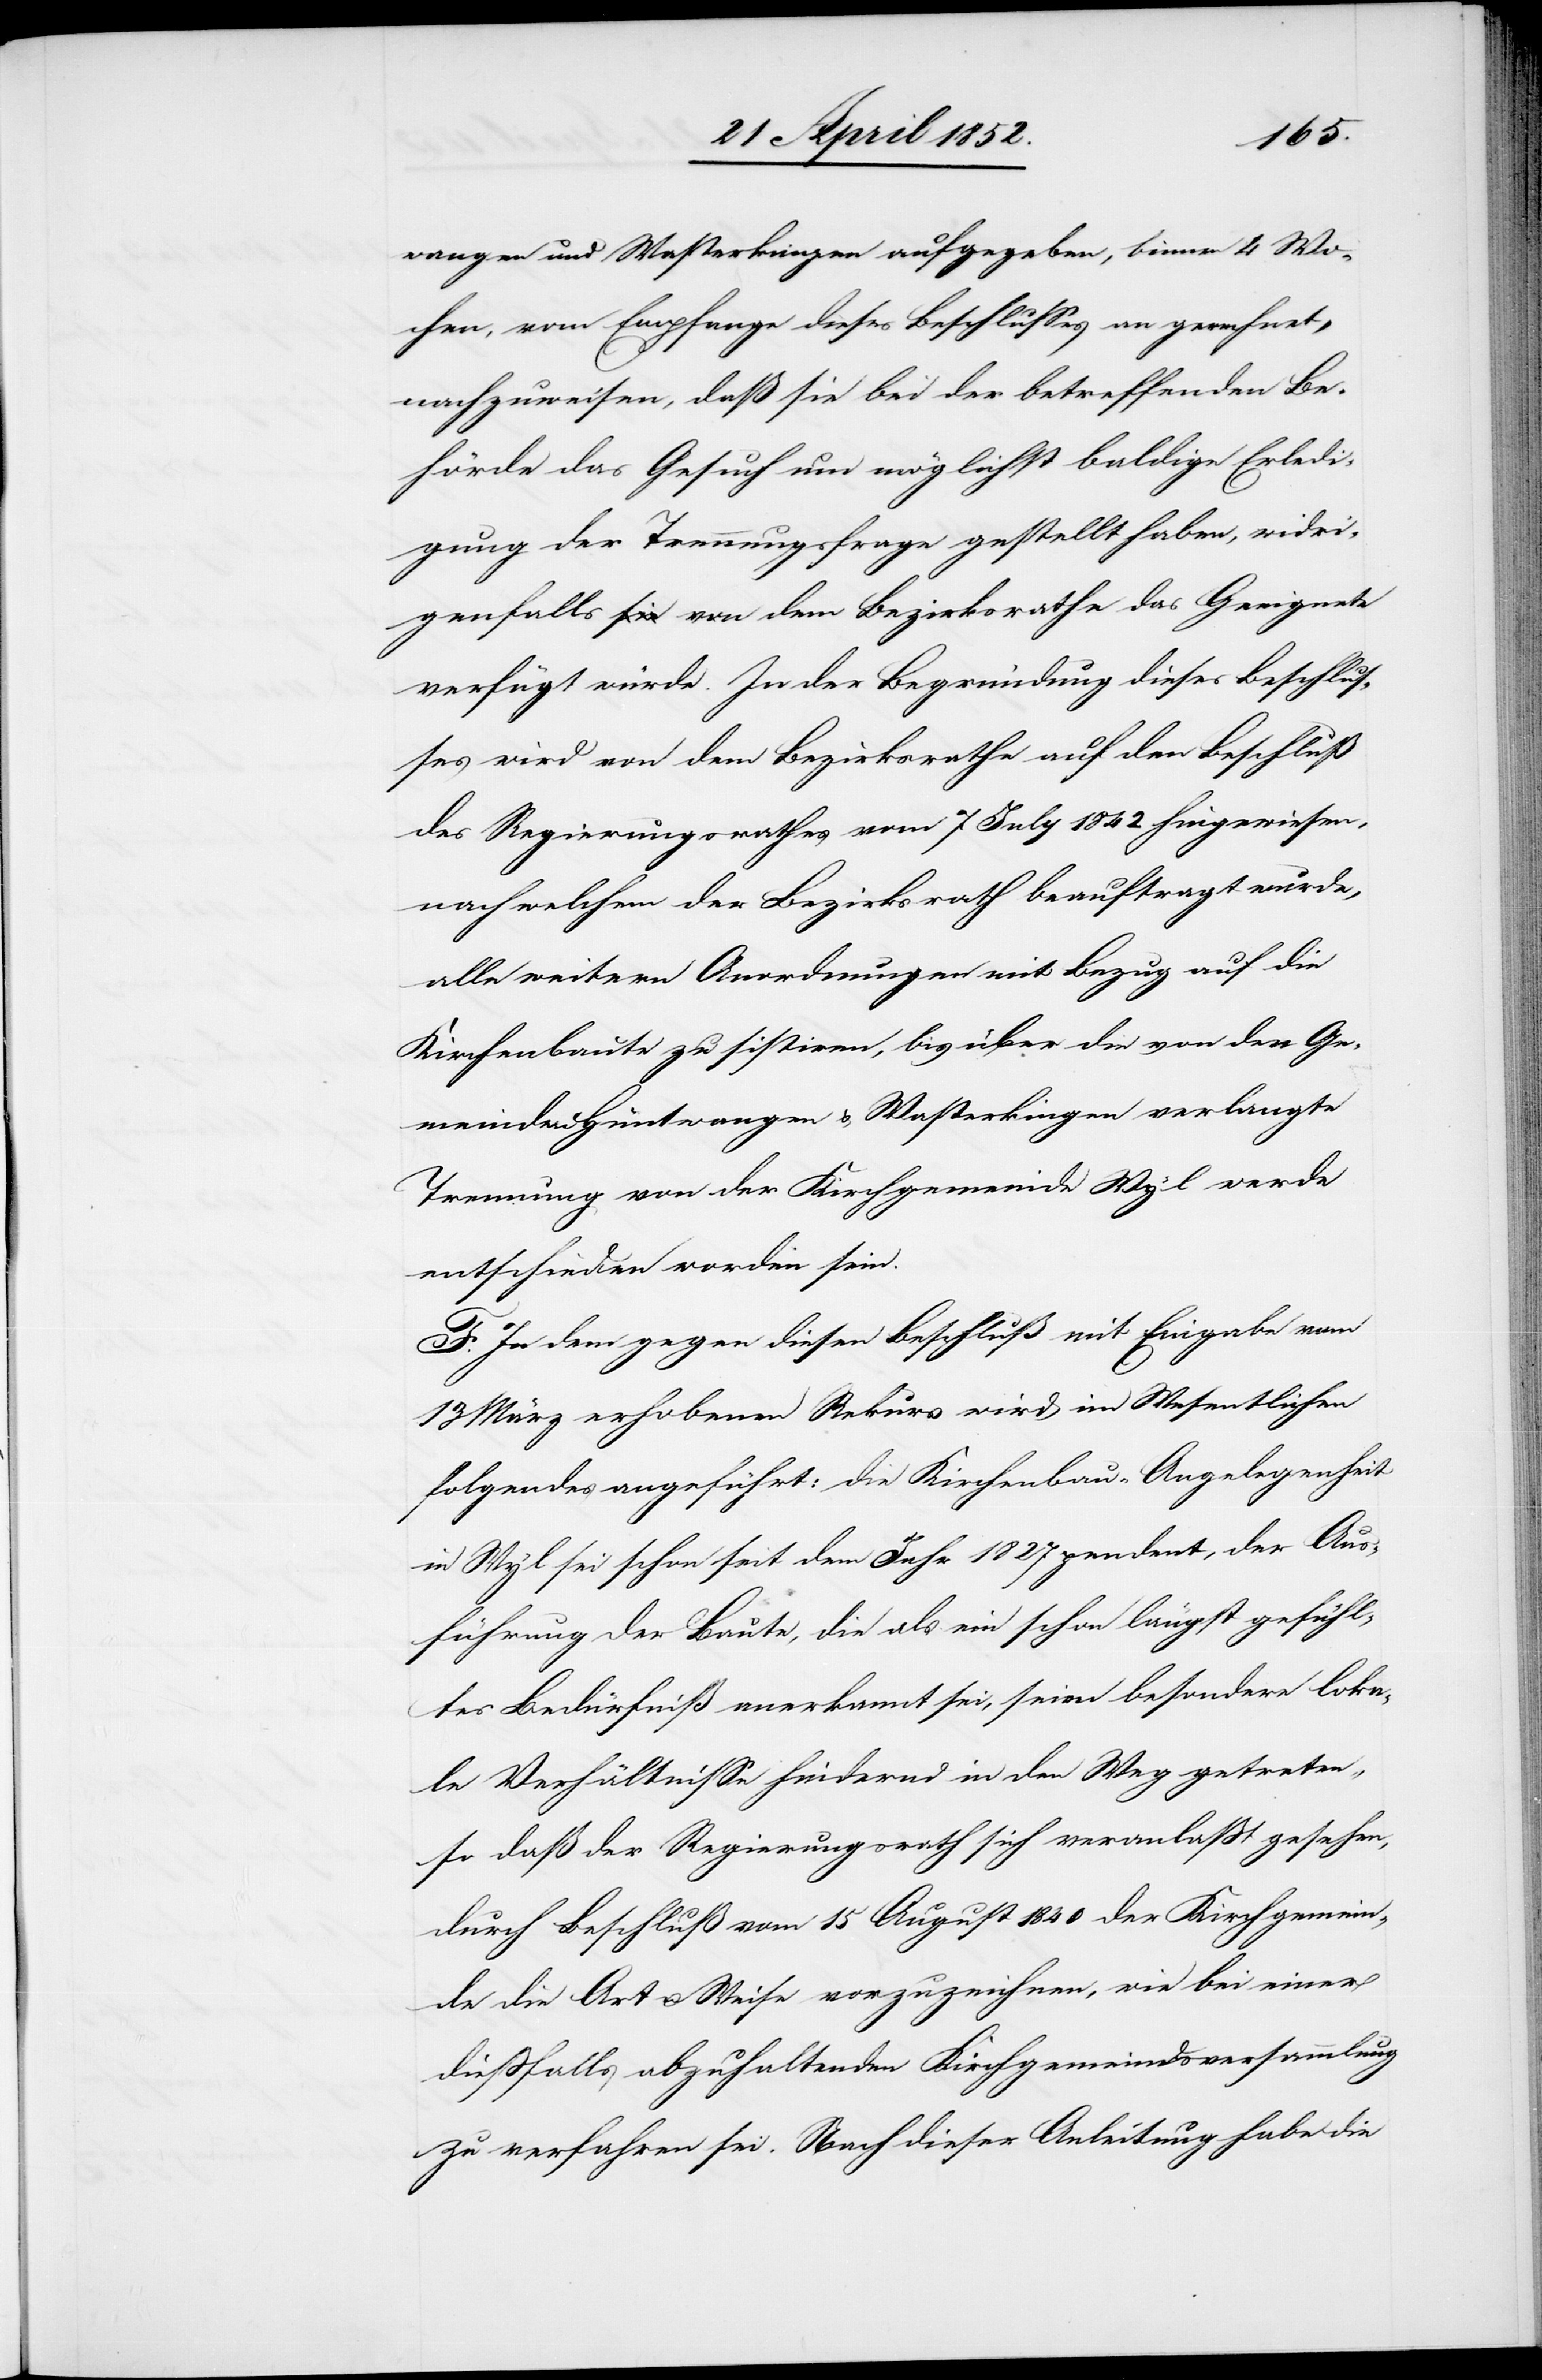
wangen und Wasterkingen aufgegeben, binnen 4 Wo¬
chen, vom Empfange dieses Beschlusses an gerechnet,
nachzuweisen, daß sie bei der betreffenden Be¬
hörde das Gesuch um möglichst baldige Erledi¬
gung der Trennungsfrage gestellt haben, widri¬
genfalls von dem Bezirksrathe das Geeignete
verfügt würde. In der Begründung dieses Beschlus¬
ses wird von dem Bezirksrathe auf den Beschluß
des Regierungsrathes vom 7 July 1842 hingewiesen,
nach welchem der Bezirksrath beauftragt wurde,
alle weitern Anordnungen mit Bezug auf die
Kirchenbaute zu sistiren, bis über die von den Ge¬
meinden Hüntwangen & Wasterkingen verlangte
Trennung von der Kirchgemeinde Wyl werde
entschieden worden sein.
F. In dem gegen diesen Beschluß mit Eingabe vom
13 März erhobenen Rekurs wird im Wesentlichen
folgendes angeführt: Die Kirchenbau-Angelegenheit
in Wyl sei schon seit dem Jahr 1827 pendent, der Aus¬
führung der Baute, die als ein schon längst gefühl¬
tes Bedürfniß anerkannt sei, seien besondere loka¬
le Verhältnisse hindernd in den Weg getreten,
so daß der Regierungsrath sich veranlasst gesehen,
durch Beschluß vom 15 August 1840 der Kirchgemein¬
de die Art u. Weise vorzuzeichnen, wie bei einer
diessfalls abzuhaltenden Kirchgemeindsversammlung
zu verfahren sei. Nach dieser Anleitung habe die